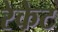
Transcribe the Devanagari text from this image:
रेकेट